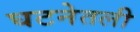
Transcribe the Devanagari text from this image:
घटनेतली